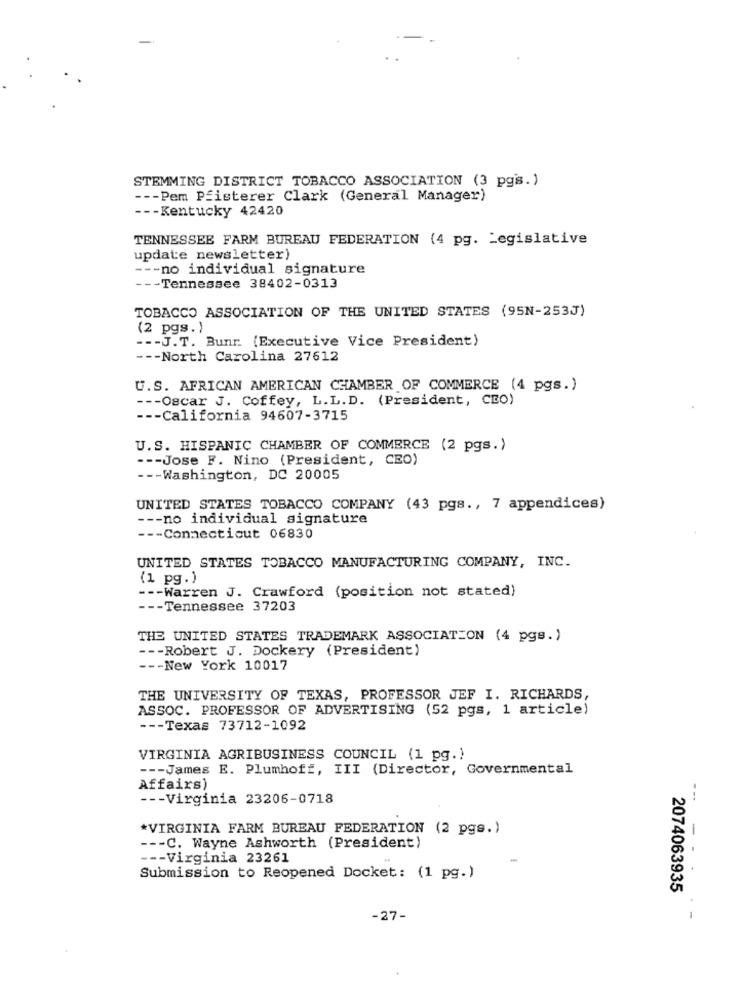
STEMMING DISTRICT TOBACCO ASSOCIATION (3 pgs.)
--- Pem Pfisterer Clark (General Manager)
--- Kentucky 42420
TENNESSEE FARM BUREAU FEDERATION (4 pg. Legislative
update newsletter)
--- no individual signature
Tennessee 38402-0313
TOBACCO ASSOCIATION OF THE UNITED STATES (95N-253J)
(2 pgs.)
--- J.T. Bunr. (Executive Vice President)
--- North Carolina 27612
U.S. AFRICAN AMERICAN CHAMBER OF COMMERCE (4 pgs.)
--- Oscar J. Coffey, L.L.D. (President, CEO)
--- California 94607-3715
U.S. HISPANIC CHAMBER OF COMMERCE (2 pgs.)
--- Jose F. Nino (President, CEO)
--- Washington, DC 20005
UNITED STATES TOBACCO COMPANY (43 pgs ., 7 appendices)
--- no individual signature
--- Connecticut 06830
UNITED STATES TOBACCO MANUFACTURING COMPANY, INC.
(1 pg.)
--- Warren J. Crawford (position not stated)
--- Tennessee 37203
THE UNITED STATES TRADEMARK ASSOCIATION (4 pgs.)
--- Robert J. Dockery (President)
--- New York 10017
THE UNIVERSITY OF TEXAS, PROFESSOR JEF I. RICHARDS,
ASSOC. PROFESSOR OF ADVERTISING (52 pgs, 1 article)
--- Texas 73712-1092
VIRGINIA AGRIBUSINESS COUNCIL (1 pg.)
--- James E. Plumhoff, III (Director, Governmental
Affairs)
--- Virginia 23206-0718
--.
*VIRGINIA FARM BUREAU FEDERATION (2 pgs.)
-
--- C. Wayne Ashworth (President)
--- Virginia 23261
Submission to Reopened Docket: (1 pg.)
2074063935
-27-
-